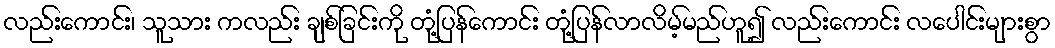
လည်းကောင်း၊ သူသား ကလည်း ချစ်ခြင်းကို တုံ့ပြန်ကောင်း တုံ့ပြန်လာလိမ့်မည်ဟူ၍ လည်းကောင်း လပေါင်းများစွာ